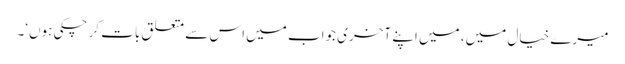
میرے خیال میں، میں اپنے آخری جواب میں اس سے متعلق بات کر چکی ہوں‘۔